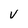
Character: V